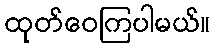
ထုတ်ဝေကြပါမယ်။